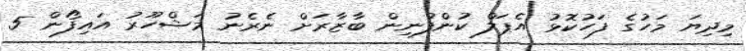
މިދިޔަ މަހުގެ ފަހުކޮޅު އެޕަލް ކުންފުނިން ބާޒާރަށް ނެރެނު މަޝްހޫރު އައިފޯން 5